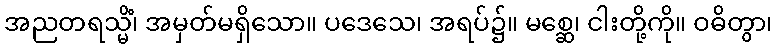
အညတရသ္မိံ၊ အမှတ်မရှိသော။ ပဒေသေ၊ အရပ်၌။ မစ္ဆေ၊ ငါးတို့ကို။ ဝဓိတွာ၊